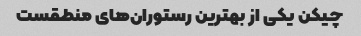
چیکن یکی از بهترین رستوران‌های منطقست